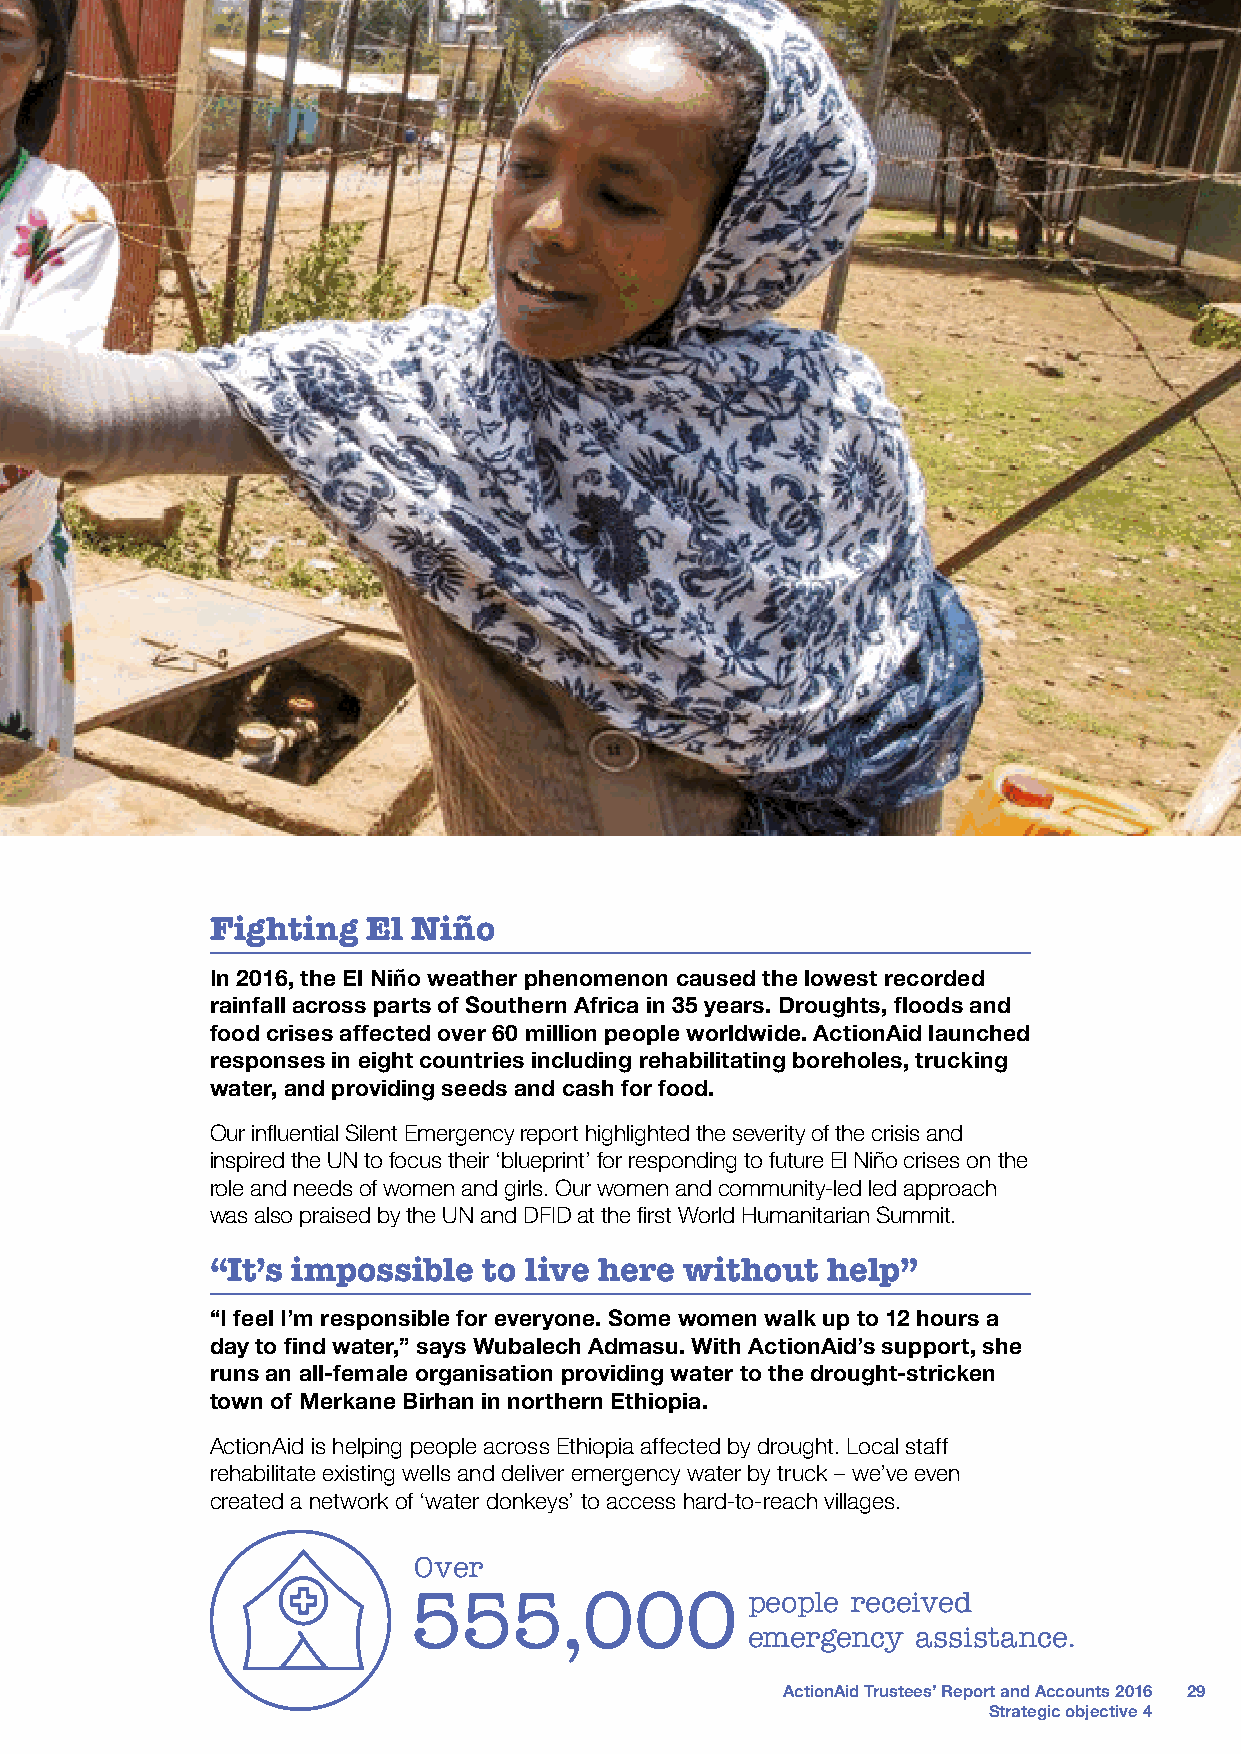
Fighting  El Niño
 In 2016, the El Niño weather phenomenon caused the lowest recorded
 rainfall across parts of Southern Africa in 35 years. Droughts, floods and
 food crises affected over 60 million people worldwide. ActionAid launched
 responses in eight countries including rehabilitating boreholes, trucking
 water, and providing seeds and cash for food.
 Our influential Silent Emergency report highlighted the severity of the crisis and
 inspired the UN to focus their ‘blueprint’ for responding to future El Niño crises on the
 role and needs of women and girls. Our women and community-led led approach
 was also praised by the UN and DFID at the first World Humanitarian Summit.
 “It’s impossible  to live here without   help”
 “I feel I’m responsible for everyone. Some women walk up to 12 hours a
 day to find water,” says Wubalech Admasu. With ActionAid’s support, she
 runs an all-female organisation providing water to the drought-stricken
 town of Merkane Birhan in northern Ethiopia.
 ActionAid is helping people across Ethiopia affected by drought. Local staff
 rehabilitate existing wells and deliver emergency water by truck – we’ve even
 created a network of ‘water donkeys’ to access hard-to-reach villages.
 Over
 555,000               people received
 emergency   assistance.
 ActionAid Trustees’ Report and Accounts 2016 29
 Strategic objective 4